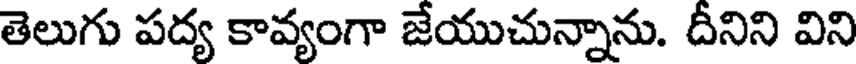
తెలుగు పద్య కావ్యంగా జేయుచున్నాను. దీనిని విని